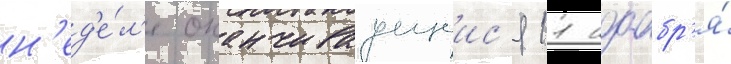
н'ед'е́л'е оканчиваущеис'я 11 ноабр'я́